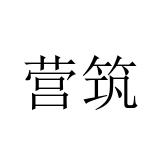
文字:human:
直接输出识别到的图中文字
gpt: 营筑